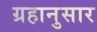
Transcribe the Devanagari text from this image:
ग्रहानुसार